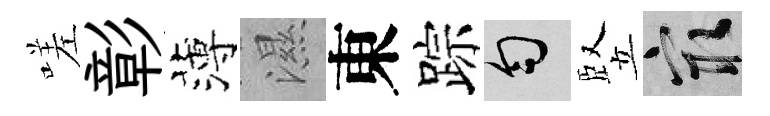
嗟彰薄濕東踪匀竪冣